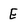
Character: E